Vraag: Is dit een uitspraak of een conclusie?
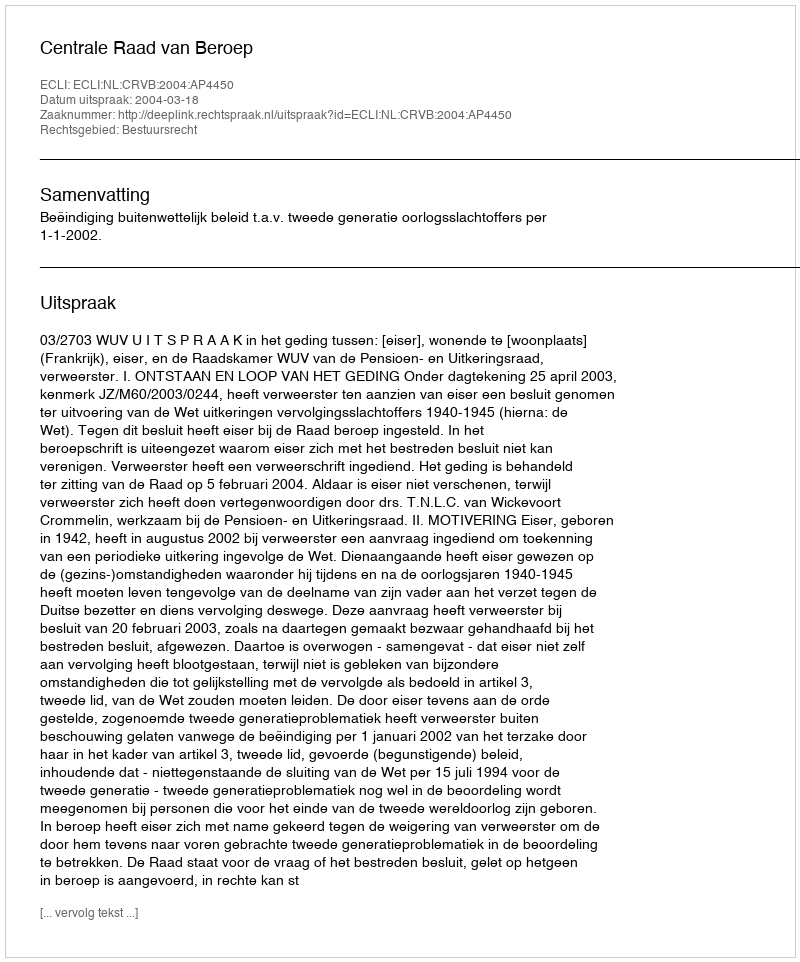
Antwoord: Uitspraak